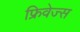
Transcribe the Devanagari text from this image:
फ्रिवेज्स